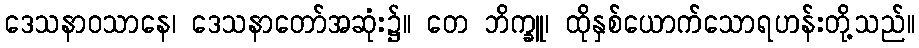
ဒေသနာဝသာနေ၊ ဒေသနာတော်အဆုံး၌။ တေ ဘိက္ခူ၊ ထိုနှစ်ယောက်သောရဟန်းတို့သည်။